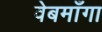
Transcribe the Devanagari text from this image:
वेबमाँगा